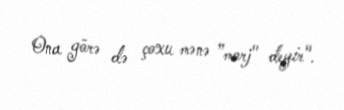
Ona görə də çoxu mənə ”morj" deyir".